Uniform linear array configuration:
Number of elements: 24
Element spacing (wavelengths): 1
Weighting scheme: kaiser
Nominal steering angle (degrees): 30
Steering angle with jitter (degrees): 29.767
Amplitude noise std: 0.05
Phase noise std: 0.05

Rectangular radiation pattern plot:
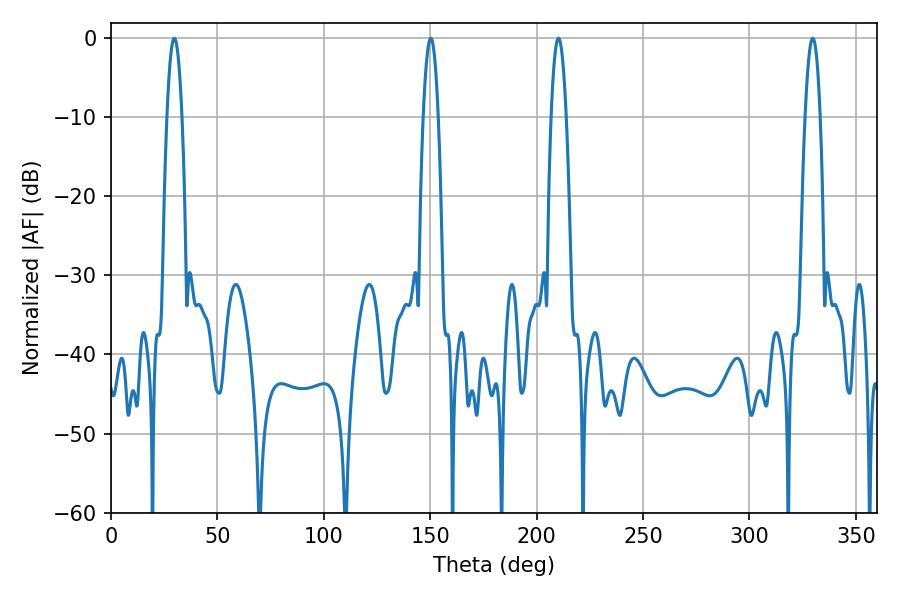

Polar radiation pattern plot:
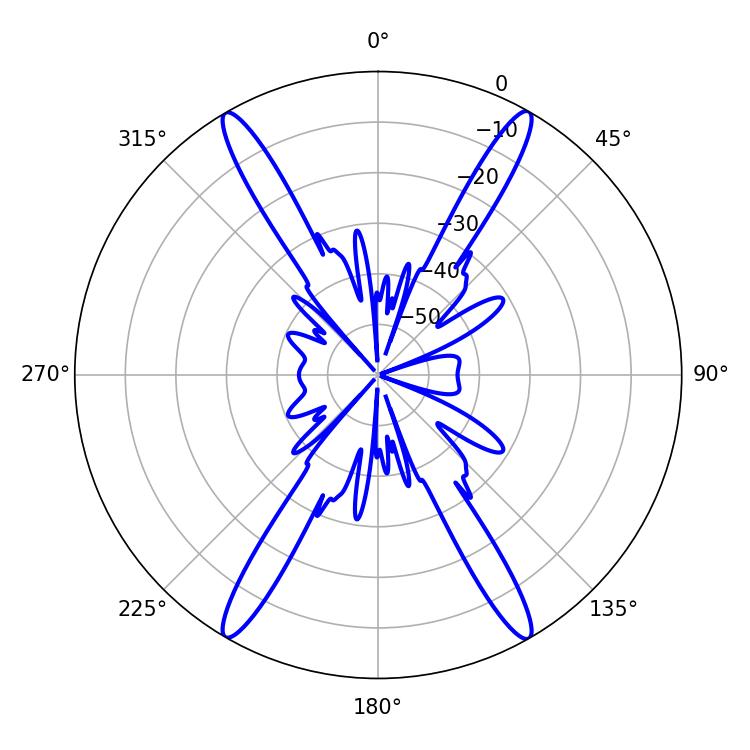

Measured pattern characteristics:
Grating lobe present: TRUE
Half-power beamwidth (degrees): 3.96
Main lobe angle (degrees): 210.24